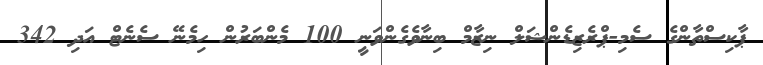
ޕާކިސްތާންގެ ސެމި-ޕްރެޒިޑެންޝަލް ނިޒާމް ބިނާވެގެންވަނީ 100 މެންބަރުން ހިމެނޭ ސެނެޓް އަދި 342